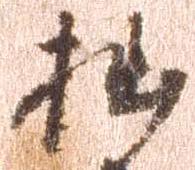
拙